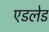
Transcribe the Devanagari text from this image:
एडलेड